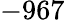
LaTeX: -967